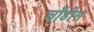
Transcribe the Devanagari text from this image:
चौंडीस